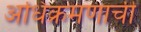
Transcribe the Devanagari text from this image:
अधिक्रमणाची